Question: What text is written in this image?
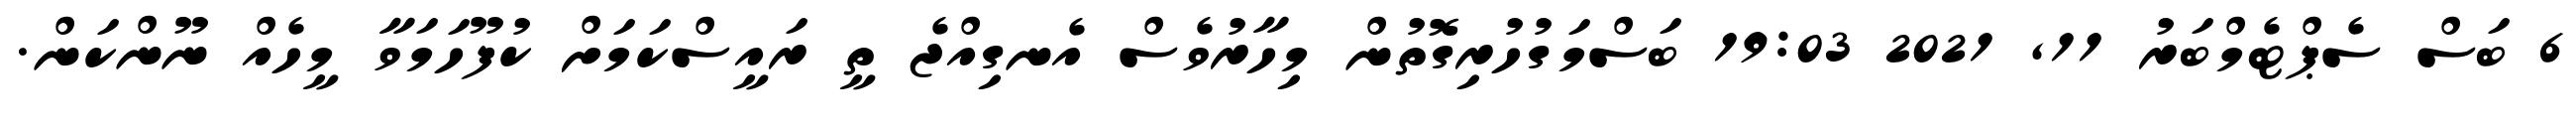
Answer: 6 ބަސް ސެޕްޓެމްބަރު 11, 2021 19:03 ބަސްމަގުހުރިގޮތުން މިހާރުވެސް އެނގިއްޖެ ތީ ރައީސްކަމަށް ކުފޫހަމަވާ މީހެއް ނޫންކަން.